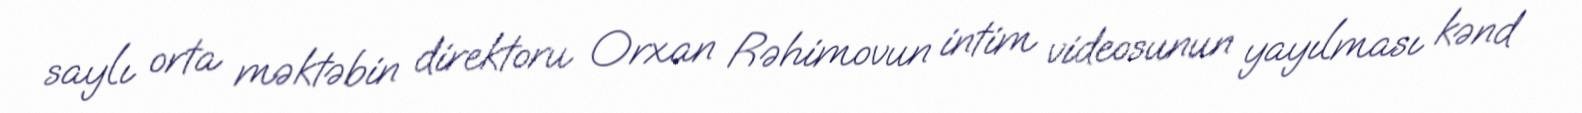
saylı orta məktəbin direktoru Orxan Rəhimovun intim videosunun yayılması kənd